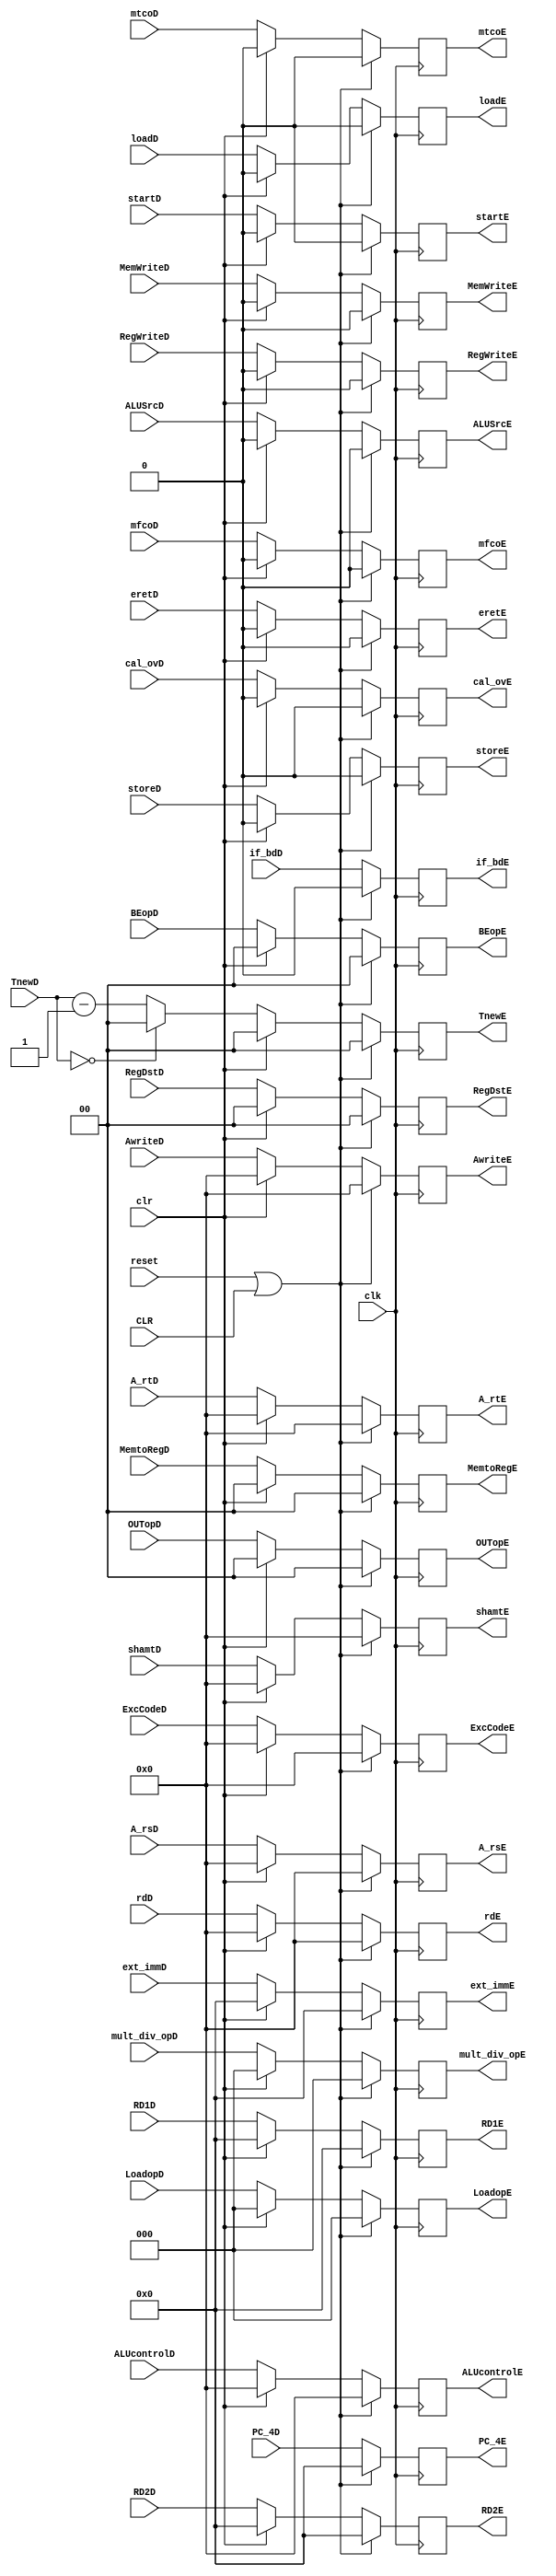
`timescale 1ns / 1ps
//////////////////////////////////////////////////////////////////////////////////
// Company: 
// Engineer: 
// 
// Design Name: 
// Module Name:    D_E_register 
// Project Name: 
// Target Devices: 
// Tool versions: 
// Description: 
//
// Dependencies: 
//
// Revision: 
// Revision 0.01 - File Created
// Additional Comments: 
//
//////////////////////////////////////////////////////////////////////////////////
module D_E_register(
	input clk,
	input reset,
	input clr,
	input CLR,
    input RegWriteD,
    input [1:0] MemtoRegD,
    input MemWriteD,
    input [4:0] ALUcontrolD,
    input ALUSrcD,
    input [1:0] RegDstD,
	input [1:0] BEopD,
	input startD,
	input [2:0] mult_div_opD,
	input [2:0] LoadopD,
	input [1:0] OUTopD,
    input [31:0] RD1D,
    input [31:0] RD2D,
	input [4:0] shamtD,
    input [31:0] PC_4D,
	input [31:0] ext_immD,
	input [1:0] TnewD,
	input [4:0] A_rsD,
    input [4:0] A_rtD,
    input [4:0] AwriteD,
	input [6:2] ExcCodeD,
	input if_bdD,
	input loadD,
	input storeD,
	input cal_ovD,
	input mfcoD,
	input mtcoD,
	input eretD,
	input [4:0] rdD,
	output reg RegWriteE,
    output reg [1:0] MemtoRegE,
    output reg  MemWriteE,
    output reg [4:0] ALUcontrolE,
    output reg ALUSrcE,
    output reg [1:0] RegDstE,
	output reg [1:0] BEopE,
	output reg startE,
	output reg [2:0] mult_div_opE,
	output reg [2:0] LoadopE,
	output reg [1:0] OUTopE,
    output reg [31:0] RD1E,
    output reg [31:0] RD2E,
	output reg [4:0] shamtE,
    output reg [31:0] PC_4E,
	output reg [31:0] ext_immE,
	output reg [1:0] TnewE,
	output reg [4:0] A_rsE,
    output reg [4:0] A_rtE,
    output reg [4:0] AwriteE,
	output reg [6:2] ExcCodeE,
	output reg if_bdE,
	output reg loadE,
	output reg storeE,
	output reg cal_ovE,
	output reg mfcoE,
	output reg mtcoE,
	output reg eretE,
	output reg [4:0] rdE
    );
	initial 
		begin
			RegWriteE<=0;
			MemtoRegE<=0;
			MemWriteE<=0;
			ALUcontrolE<=0;
			ALUSrcE<=0;
			RegDstE<=0;
			BEopE<=0;
			startE<=0;
			mult_div_opE<=0;
			LoadopE<=0;
			OUTopE<=0;
			RD1E<=0;
			RD2E<=0;
			shamtE<=0;
			A_rsE<=0;
			A_rtE<=0;
			AwriteE<=0;
			PC_4E<=0;
			ext_immE<=0;
			TnewE<=0;
			ExcCodeE[6:2]<=5'b0;
			if_bdE<=1'b0;
			loadE<=1'b0;
			storeE<=1'b0;
			cal_ovE<=1'b0;
			mfcoE<=1'b0;
			mtcoE<=1'b0;
			eretE<=1'b0;
			rdE<=5'd0;
		end
	always@(posedge clk)
		begin
			if(reset||CLR)
				begin
					RegWriteE<=0;
					MemtoRegE<=0;
					MemWriteE<=0;
					ALUcontrolE<=0;
					ALUSrcE<=0;
					RegDstE<=0;
					BEopE<=0;
					startE<=0;
					mult_div_opE<=0;
					LoadopE<=0;
					OUTopE<=0;
					RD1E<=0;
					RD2E<=0;
					shamtE<=0;
					A_rsE<=0;
					A_rtE<=0;
					AwriteE<=0;
					PC_4E<=0;
					ext_immE<=0;
					TnewE<=0;
					ExcCodeE[6:2]<=5'b0;
					if_bdE<=1'b0;
					loadE<=1'b0;
					storeE<=1'b0;
					cal_ovE<=1'b0;
					mfcoE<=1'b0;
					mtcoE<=1'b0;
					eretE<=1'b0;
					rdE<=5'd0;
				end
			else if(clr)
				begin
					RegWriteE<=0;
					MemtoRegE<=0;
					MemWriteE<=0;
					ALUcontrolE<=0;
					ALUSrcE<=0;
					RegDstE<=0;
					BEopE<=0;
					startE<=0;
					mult_div_opE<=0;
					LoadopE<=0;
					OUTopE<=0;
					RD1E<=0;
					RD2E<=0;
					shamtE<=0;
					A_rsE<=0;
					A_rtE<=0;
					AwriteE<=0;
					ext_immE<=0;
					TnewE<=0;
					ExcCodeE[6:2]<=5'b0;
					loadE<=1'b0;
					storeE<=1'b0;
					cal_ovE<=1'b0;
					mfcoE<=1'b0;
					mtcoE<=1'b0;
					eretE<=1'b0;
					rdE<=5'd0;
					if_bdE<=if_bdD;
					PC_4E<=PC_4D;
				end
			else 
				begin
					RegWriteE<=RegWriteD;
					MemtoRegE<=MemtoRegD;
					MemWriteE<=MemWriteD;
					ALUcontrolE<=ALUcontrolD;
					ALUSrcE<=ALUSrcD;
					RegDstE<=RegDstD;
					BEopE<=BEopD;
					startE<=startD;
					mult_div_opE<=mult_div_opD;
					LoadopE<=LoadopD;
					OUTopE<=OUTopD;
					RD1E<=RD1D;
					RD2E<=RD2D;
					shamtE<=shamtD;
					A_rsE<=A_rsD;
					A_rtE<=A_rtD;
					AwriteE<=AwriteD;
					PC_4E<=PC_4D;
					ext_immE<=ext_immD;
					if(TnewD==2'b00)
						TnewE<=2'b00;
					else
						TnewE<=TnewD-2'b01;
					ExcCodeE[6:2]<=ExcCodeD[6:2];
					if_bdE<=if_bdD;
					loadE<=loadD;
					storeE<=storeD;
					cal_ovE<=cal_ovD;
					mfcoE<=mfcoD;
					mtcoE<=mtcoD;
					eretE<=eretD;
					rdE<=rdD;
				end
		end
endmodule